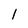
Character: l